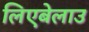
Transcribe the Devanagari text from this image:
लिएबेलाउ